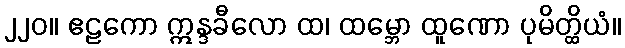
၂၂၀။ ဧဠကော ဣန္ဒခီလော ထ၊ ထမ္ဘော ထူဏော ပုမိတ္ထိယံ။